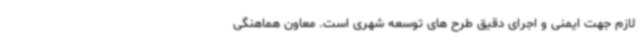
لازم جهت ایمنی و اجرای دقیق طرح های توسعه شهری است. معاون هماهنگی